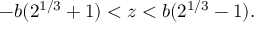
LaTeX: - b ( 2 ^ { 1 / 3 } + 1 ) < z < b ( 2 ^ { 1 / 3 } - 1 ) .